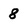
Character: 8